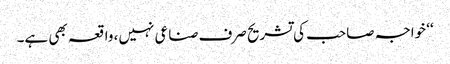
‘‘ خواجہ صاحب کی تشریح صرف صناعی نہیں، واقعہ بھی ہے۔